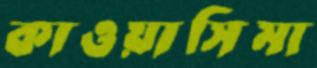
কাওয়াসিমা